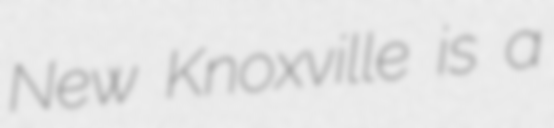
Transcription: New Knoxville is a